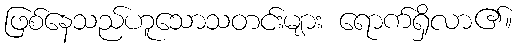
ဖြစ်နေသည်ဟူသောသတင်းများ ရောက်ရှိလာ၏။